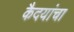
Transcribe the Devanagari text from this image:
कैदयांचा